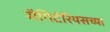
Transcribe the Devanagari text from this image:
सॅगिटॅरियसच्या